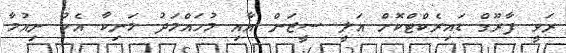
ރަވީ ފާރޫގް ޑައިރެކްޓްކޮށް އަލީ ސީޒަން އާއި މުހައްމަދު މަނިކާ އެކު ނިއުމާ